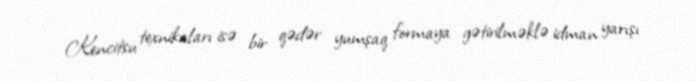
Kencitsu texnikaları isə bir qədər yumşaq formaya gətirilməklə idman yarışı